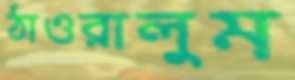
ঠাওরালুম